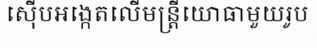
ស៊ើបអង្កេតលើមន្ត្រីយោធាមួយរូប